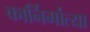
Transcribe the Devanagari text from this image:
कार्निर्मात्या